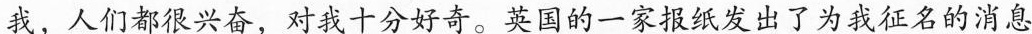
我，人们都很兴奋，对式十分好奇。英国的一家报纸发出了为我征名的消息